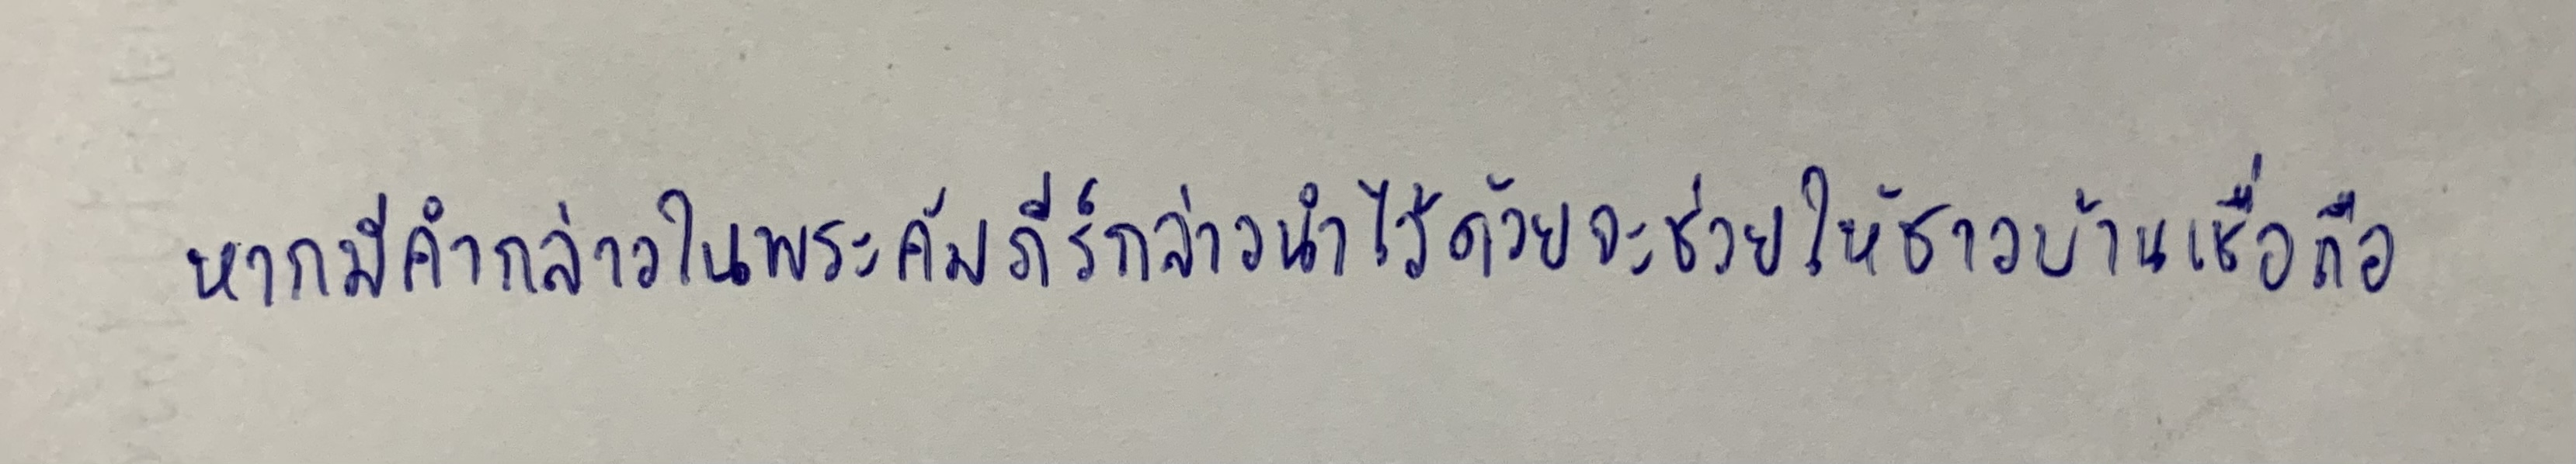
หากมีคำกล่าวในพระคัมภีร์กล่าวนำไว้ด้วยจะช่วยให้ชาวบ้านเชื่อถือ